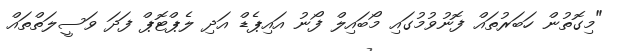
"މިގޮތުން ހަބަރުތައް ފޮނުވުމުގައި މޯބައިލް ފޯނު އައިޕެޑް އަދި ލެޕްޓޮޕް ފަދަ ވަސީލަތްތައް